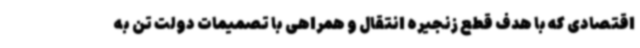
اقتصادی که با هدف قطع زنجیره انتقال و همراهی با تصمیمات دولت تن به